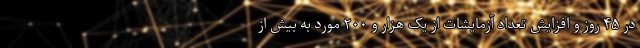
در ۴۵ روز و افزایش تعداد آزمایشات از یک هزار و ۲۰۰ مورد به بیش از